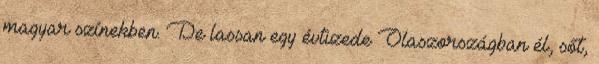
magyar színekben. De lassan egy évtizede Olaszországban él, sőt,